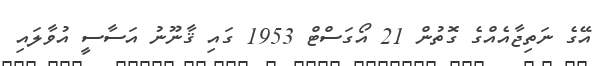
އޭގެ ނަތިޖާއެއްގެ ގޮތުން 21 އޯގަސްޓް 1953 ގައި ޤާނޫނު އަސާސީ އުވާލައި